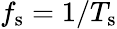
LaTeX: f_{\mathrm{s}}=1/T_{\mathrm{s}}